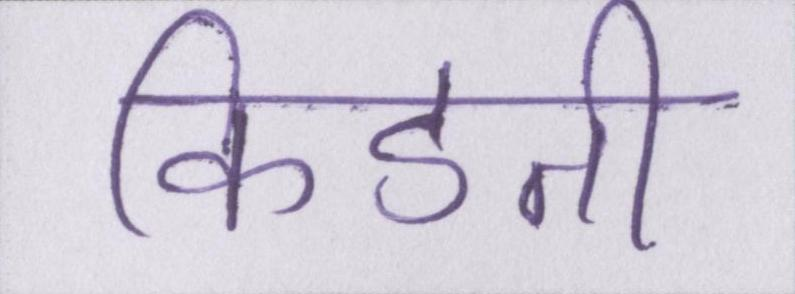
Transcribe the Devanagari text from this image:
किडनी